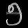
Digit: ၅